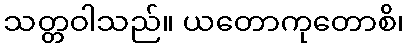
သတ္တဝါသည်။ ယတောကုတောစိ၊